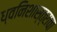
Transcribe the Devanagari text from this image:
ध्वनिशास्त्राचा